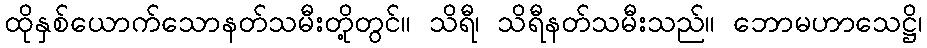
ထိုနှစ်ယောက်သောနတ်သမီးတို့တွင်။ သိရီ၊ သိရီနတ်သမီးသည်။ ဘောမဟာသေဋ္ဌိ၊